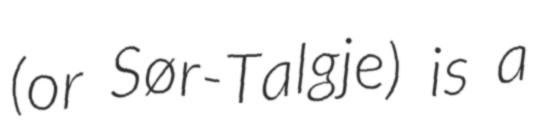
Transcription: (or Sør-Talgje) is a